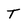
Character: t